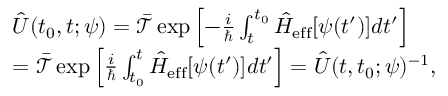
\begin{array} { r l } & { \hat { U } ( t _ { 0 } , t ; \psi ) = \mathcal { \bar { T } } \exp \left[ - \frac { i } { \hbar } \int _ { t } ^ { t _ { 0 } } \hat { H } _ { \mathrm { e f f } } [ \psi ( t ^ { \prime } ) ] d t ^ { \prime } \right] } \\ & { = \mathcal { \bar { T } } \exp \left[ \frac { i } { \hbar } \int _ { t _ { 0 } } ^ { t } \hat { H } _ { \mathrm { e f f } } [ \psi ( t ^ { \prime } ) ] d t ^ { \prime } \right] = \hat { U } ( t , t _ { 0 } ; \psi ) ^ { - 1 } , } \end{array}